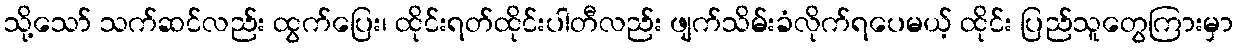
သို့သော် သက်ဆင်လည်း ထွက်ပြေး၊ ထိုင်းရတ်ထိုင်းပါတီလည်း ဖျက်သိမ်းခံလိုက်ရပေမယ့် ထိုင်း ပြည်သူတွေကြားမှာ